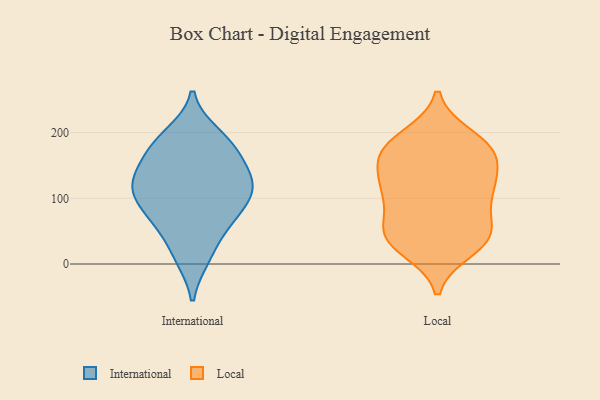
{"axis": {"x": "Population (Million)", "y": "Value"}, "legend": ["International", "Local"], "data": [{"x": "", "y": 115, "type": "International"}, {"x": "", "y": 64, "type": "International"}, {"x": "", "y": 197, "type": "International"}, {"x": "", "y": 12, "type": "International"}, {"x": "", "y": 114, "type": "International"}, {"x": "", "y": 170, "type": "International"}, {"x": "", "y": 183, "type": "International"}, {"x": "", "y": 113, "type": "International"}, {"x": "", "y": 10, "type": "International"}, {"x": "", "y": 132, "type": "International"}, {"x": "", "y": 129, "type": "International"}, {"x": "", "y": 79, "type": "International"}, {"x": "", "y": 69, "type": "International"}, {"x": "", "y": 191, "type": "International"}, {"x": "", "y": 57, "type": "International"}, {"x": "", "y": 167, "type": "International"}, {"x": "", "y": 101, "type": "International"}, {"x": "", "y": 114, "type": "International"}, {"x": "", "y": 149, "type": "International"}, {"x": "", "y": 104, "type": "Local"}, {"x": "", "y": 115, "type": "Local"}, {"x": "", "y": 48, "type": "Local"}, {"x": "", "y": 171, "type": "Local"}, {"x": "", "y": 45, "type": "Local"}, {"x": "", "y": 44, "type": "Local"}, {"x": "", "y": 117, "type": "Local"}, {"x": "", "y": 42, "type": "Local"}, {"x": "", "y": 105, "type": "Local"}, {"x": "", "y": 172, "type": "Local"}, {"x": "", "y": 179, "type": "Local"}, {"x": "", "y": 192, "type": "Local"}, {"x": "", "y": 164, "type": "Local"}, {"x": "", "y": 42, "type": "Local"}, {"x": "", "y": 166, "type": "Local"}, {"x": "", "y": 120, "type": "Local"}, {"x": "", "y": 24, "type": "Local"}]}